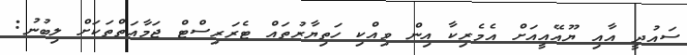
ސައުދީ އާއި ޔޫއޭއީއަށް އެމެރިކާ އިން ވިއްކި ހަތިޔާރުތައް ޓެރަރިސްޓް ޖަމާއަތްތަކަށް ލިބުނު: